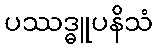
ပဿဒ္ဓူပနိသံ